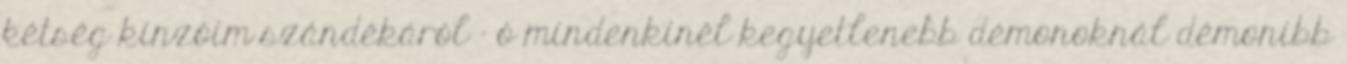
kétség kínzóim szándékáról - ó mindenkinél kegyetlenebb démonoknál démonibb